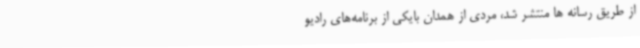
از طریق رسانه ها منتشر شد، مردی از همدان بایکی از برنامه‌های رادیو